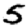
Digit: 5